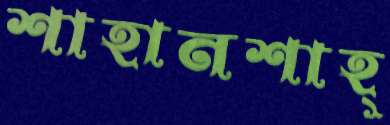
শাহানশাহ্